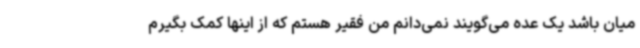
میان باشد یک عده می‌گویند نمی‌دانم من فقیر هستم که از اینها کمک بگیرم